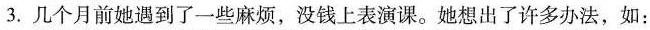
3.几个月前她遇到了一些麻烦，没钱上表演课。她想出了许多办法，如：